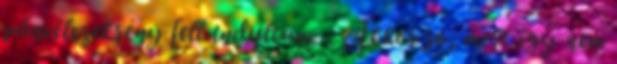
páncélszekrény felé indultam. - Akkor jó, mert így nem